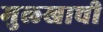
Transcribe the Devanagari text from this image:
मुलखाची